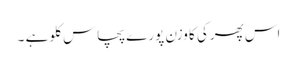
اس پھرکی کا وزن پورے پچاس کلو ہے ۔